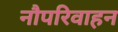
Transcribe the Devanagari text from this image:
नौपरिवाहन